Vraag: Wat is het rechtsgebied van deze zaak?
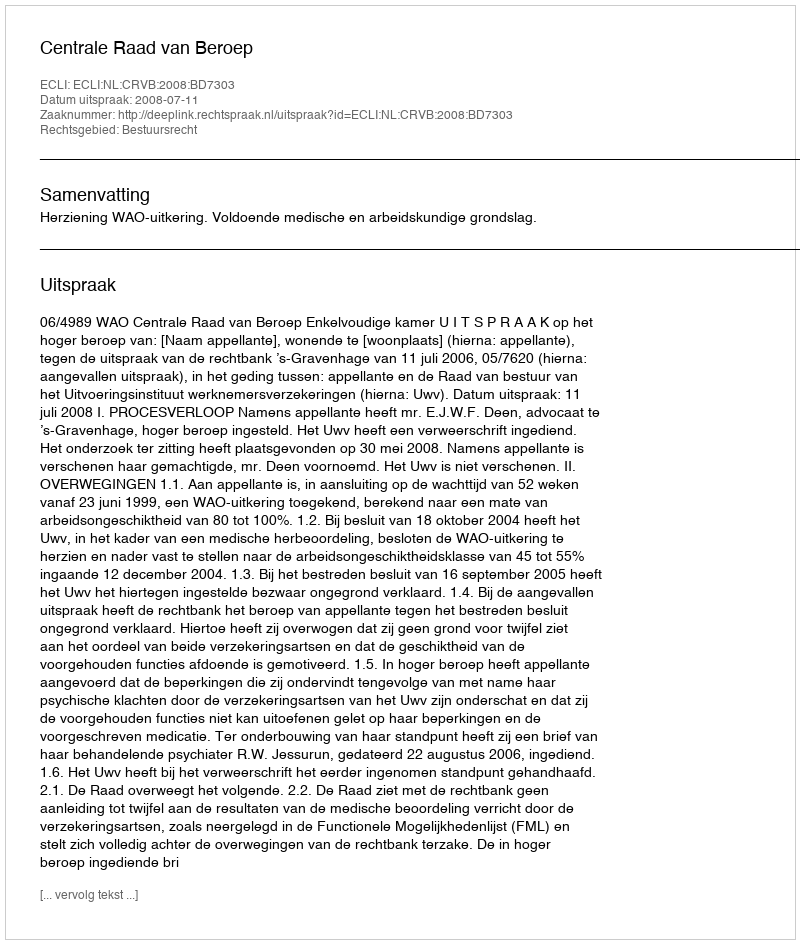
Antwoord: Bestuursrecht